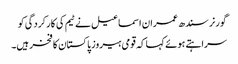
گورنر سندھ عمران اسماعیل نے ٹیم کی کارکردگی کو
سراہتے ہوئے کہا کہ قومی ہیروز پاکستان کا فخر ہیں۔